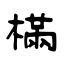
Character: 樠